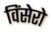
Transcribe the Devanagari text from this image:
विंसेरो